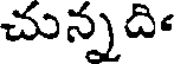
చున్నది